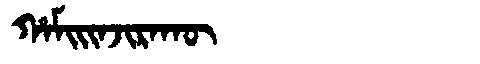
Manchu: ᡥᠠᠮᡳᡳᠨᠵᡳᡵᠠᡴᡡ
Romanization: HAMIINJIRAKŪ